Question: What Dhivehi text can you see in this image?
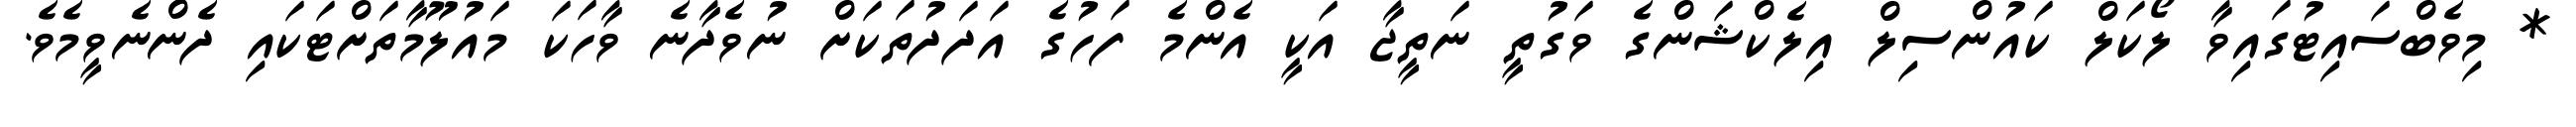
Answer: * މިވެބްސައިޓުގައިވާ ލޯކަލް ކައުންސިލް އިލެކްޝަންގެ ވަގުތީ ނަތީޖާ އަކީ އެންމެ ފަހުގެ އަދަދުތަކަށް ނުވެދާނެ ވާހަކަ މައުލޫމާތަށްޓަކައި ދެންނެވީމެވެ.